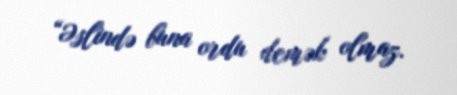
“Əslində buna ordu demək olmaz.